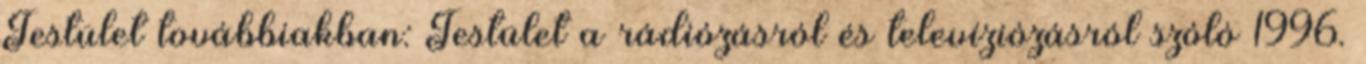
Testület továbbiakban: Testület a rádiózásról és televíziózásról szóló 1996.